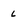
Character: 6